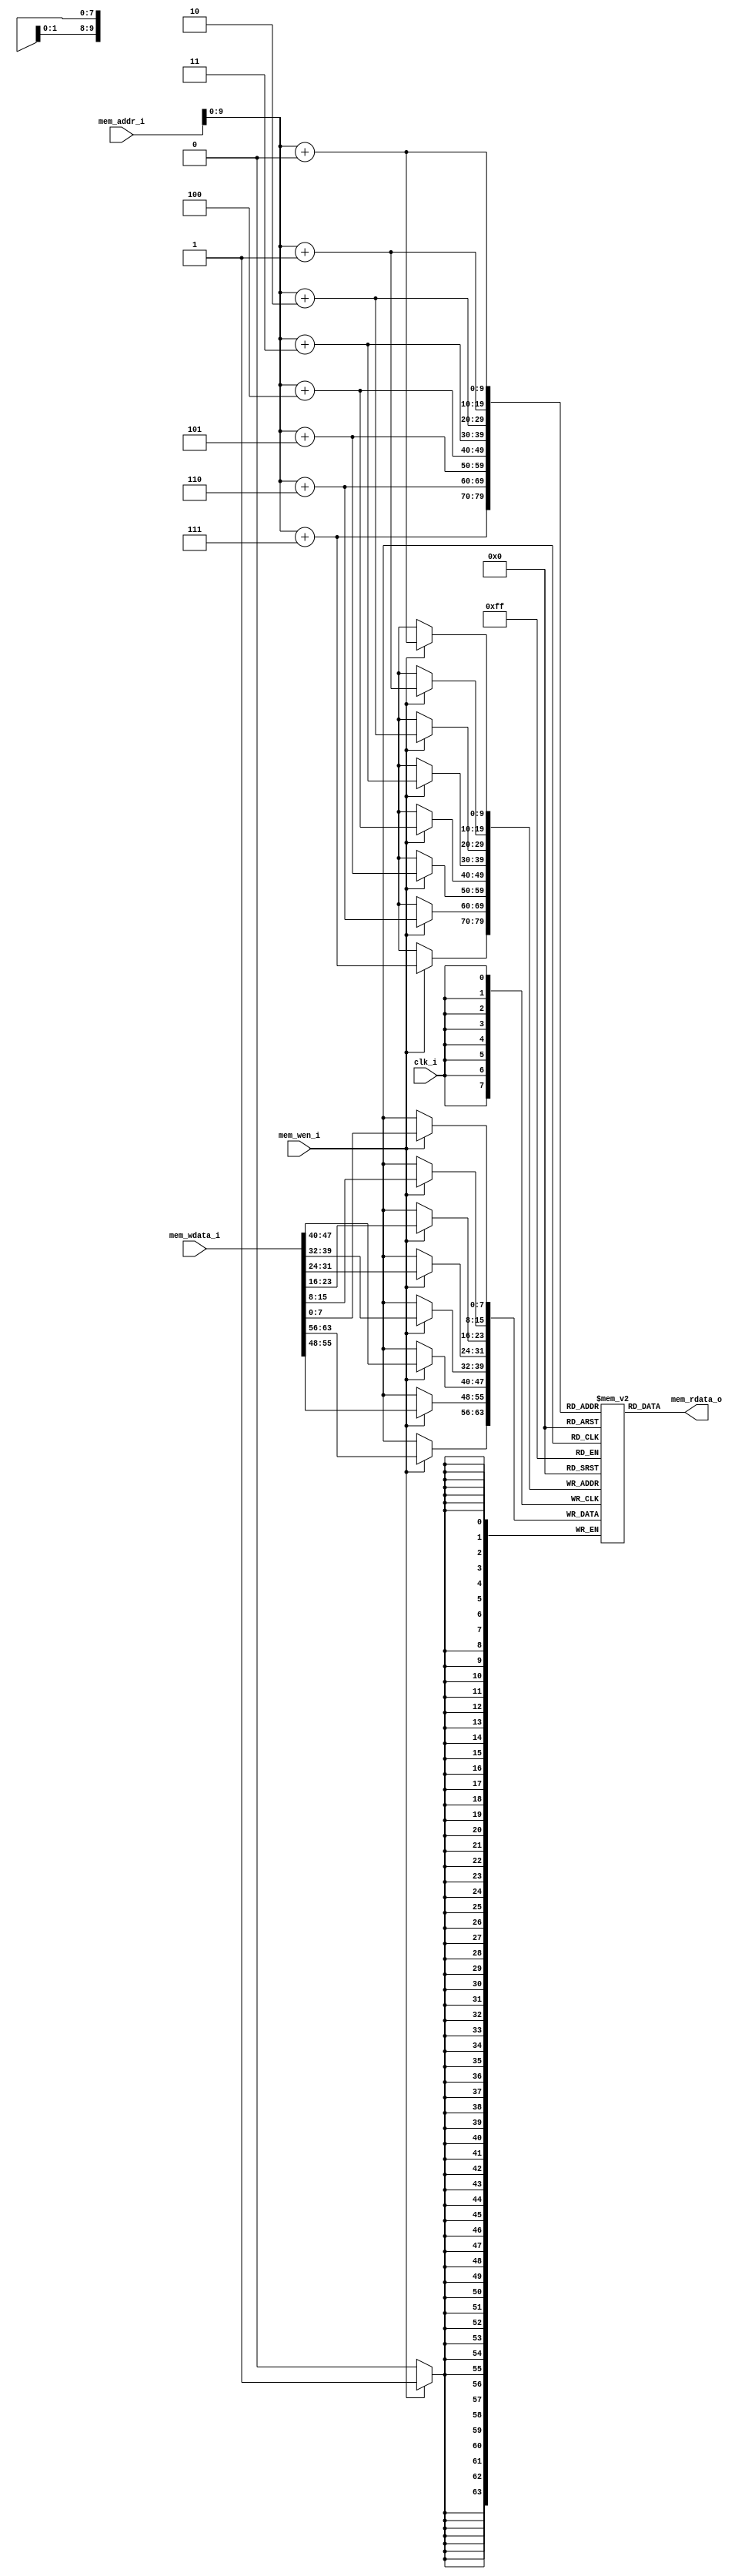
module data_ram(
    input           clk_i,
    input [63:0]    mem_addr_i,
    input [63:0]    mem_wdata_i,
    input           mem_wen_i,
    output [63:0]   mem_rdata_o
);

    reg [7:0] data_mem[1023:0];

    always@(posedge clk_i)begin
        if(mem_wen_i)begin
            data_mem[mem_addr_i + 4'd0] <= mem_wdata_i[7:0];
            data_mem[mem_addr_i + 4'd1] <= mem_wdata_i[15:8];
            data_mem[mem_addr_i + 4'd2] <= mem_wdata_i[23:16];
            data_mem[mem_addr_i + 4'd3] <= mem_wdata_i[31:24];
            data_mem[mem_addr_i + 4'd4] <= mem_wdata_i[39:32];
            data_mem[mem_addr_i + 4'd5] <= mem_wdata_i[47:40];
            data_mem[mem_addr_i + 4'd6] <= mem_wdata_i[55:48];
            data_mem[mem_addr_i + 4'd7] <= mem_wdata_i[63:56];
        end
    end

    assign mem_rdata_o = {
                          data_mem[mem_addr_i + 7],
                          data_mem[mem_addr_i + 6],
                          data_mem[mem_addr_i + 5],
                          data_mem[mem_addr_i + 4],
                          data_mem[mem_addr_i + 3],
                          data_mem[mem_addr_i + 2],
                          data_mem[mem_addr_i + 1],
                          data_mem[mem_addr_i + 0]
                         };

endmodule